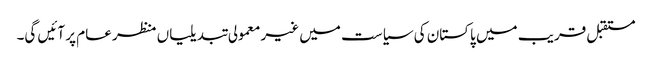
مستقبل قریب میں پاکستان کی سیاست میں غیر معمولی تبدیلیاں منظر عام پر آئیں گی۔